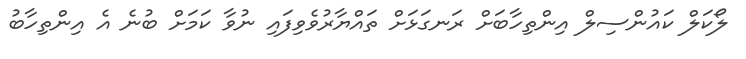
ލޯކަލް ކައުންސިލް އިންތިހާބަށް ރަނގަޅަށް ތައްޔާރުވެވިފައި ނުވާ ކަމަށް ބުނެ އެ އިންތިހާބު